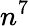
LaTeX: n^{7}